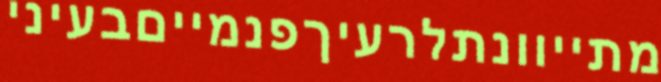
מתייוונתלרעיךפנמייםבעיני